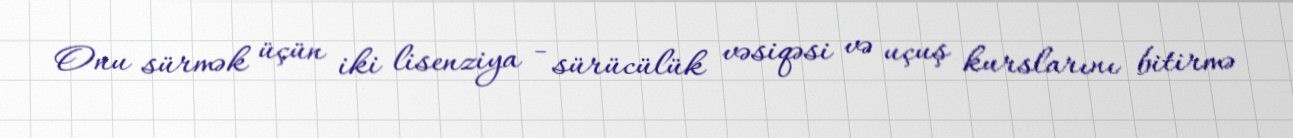
Onu sürmək üçün iki lisenziya - sürücülük vəsiqəsi və uçuş kurslarını bitirmə